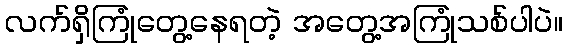
လက်ရှိကြုံတွေ့နေရတဲ့ အတွေ့အကြုံသစ်ပါပဲ။